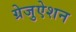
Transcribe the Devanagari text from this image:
ग्रेजुऐशन